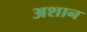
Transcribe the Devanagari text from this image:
अशान